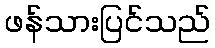
ဖန်သားပြင်သည်